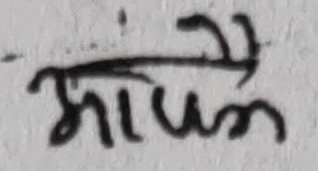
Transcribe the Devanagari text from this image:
आपके